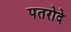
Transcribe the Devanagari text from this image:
पतरोदे